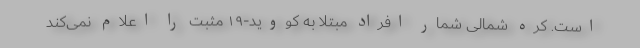
است. کره شمالی شمار افراد مبتلا به کووید-۱۹ مثبت را اعلام نمی‌کند